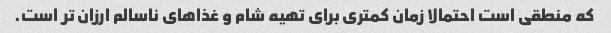
که منطقی است احتمالا زمان کمتری برای تهیه شام ​​و غذاهای ناسالم ارزان تر است.